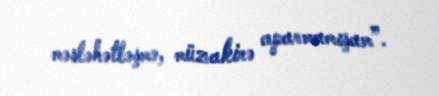
məsləhətləşmə, müzakirə aparmamışam”.